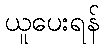
ယူပေးရန်